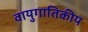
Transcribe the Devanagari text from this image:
वायुगातिकीय